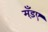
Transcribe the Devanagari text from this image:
मँड़ए